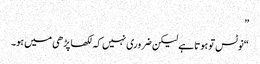
”
“نوٹس تو ہوتا ہے لیکن ضروری نہیں کہ لکھا پڑھی میں ہو۔